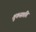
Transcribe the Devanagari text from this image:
शुकसप्तति